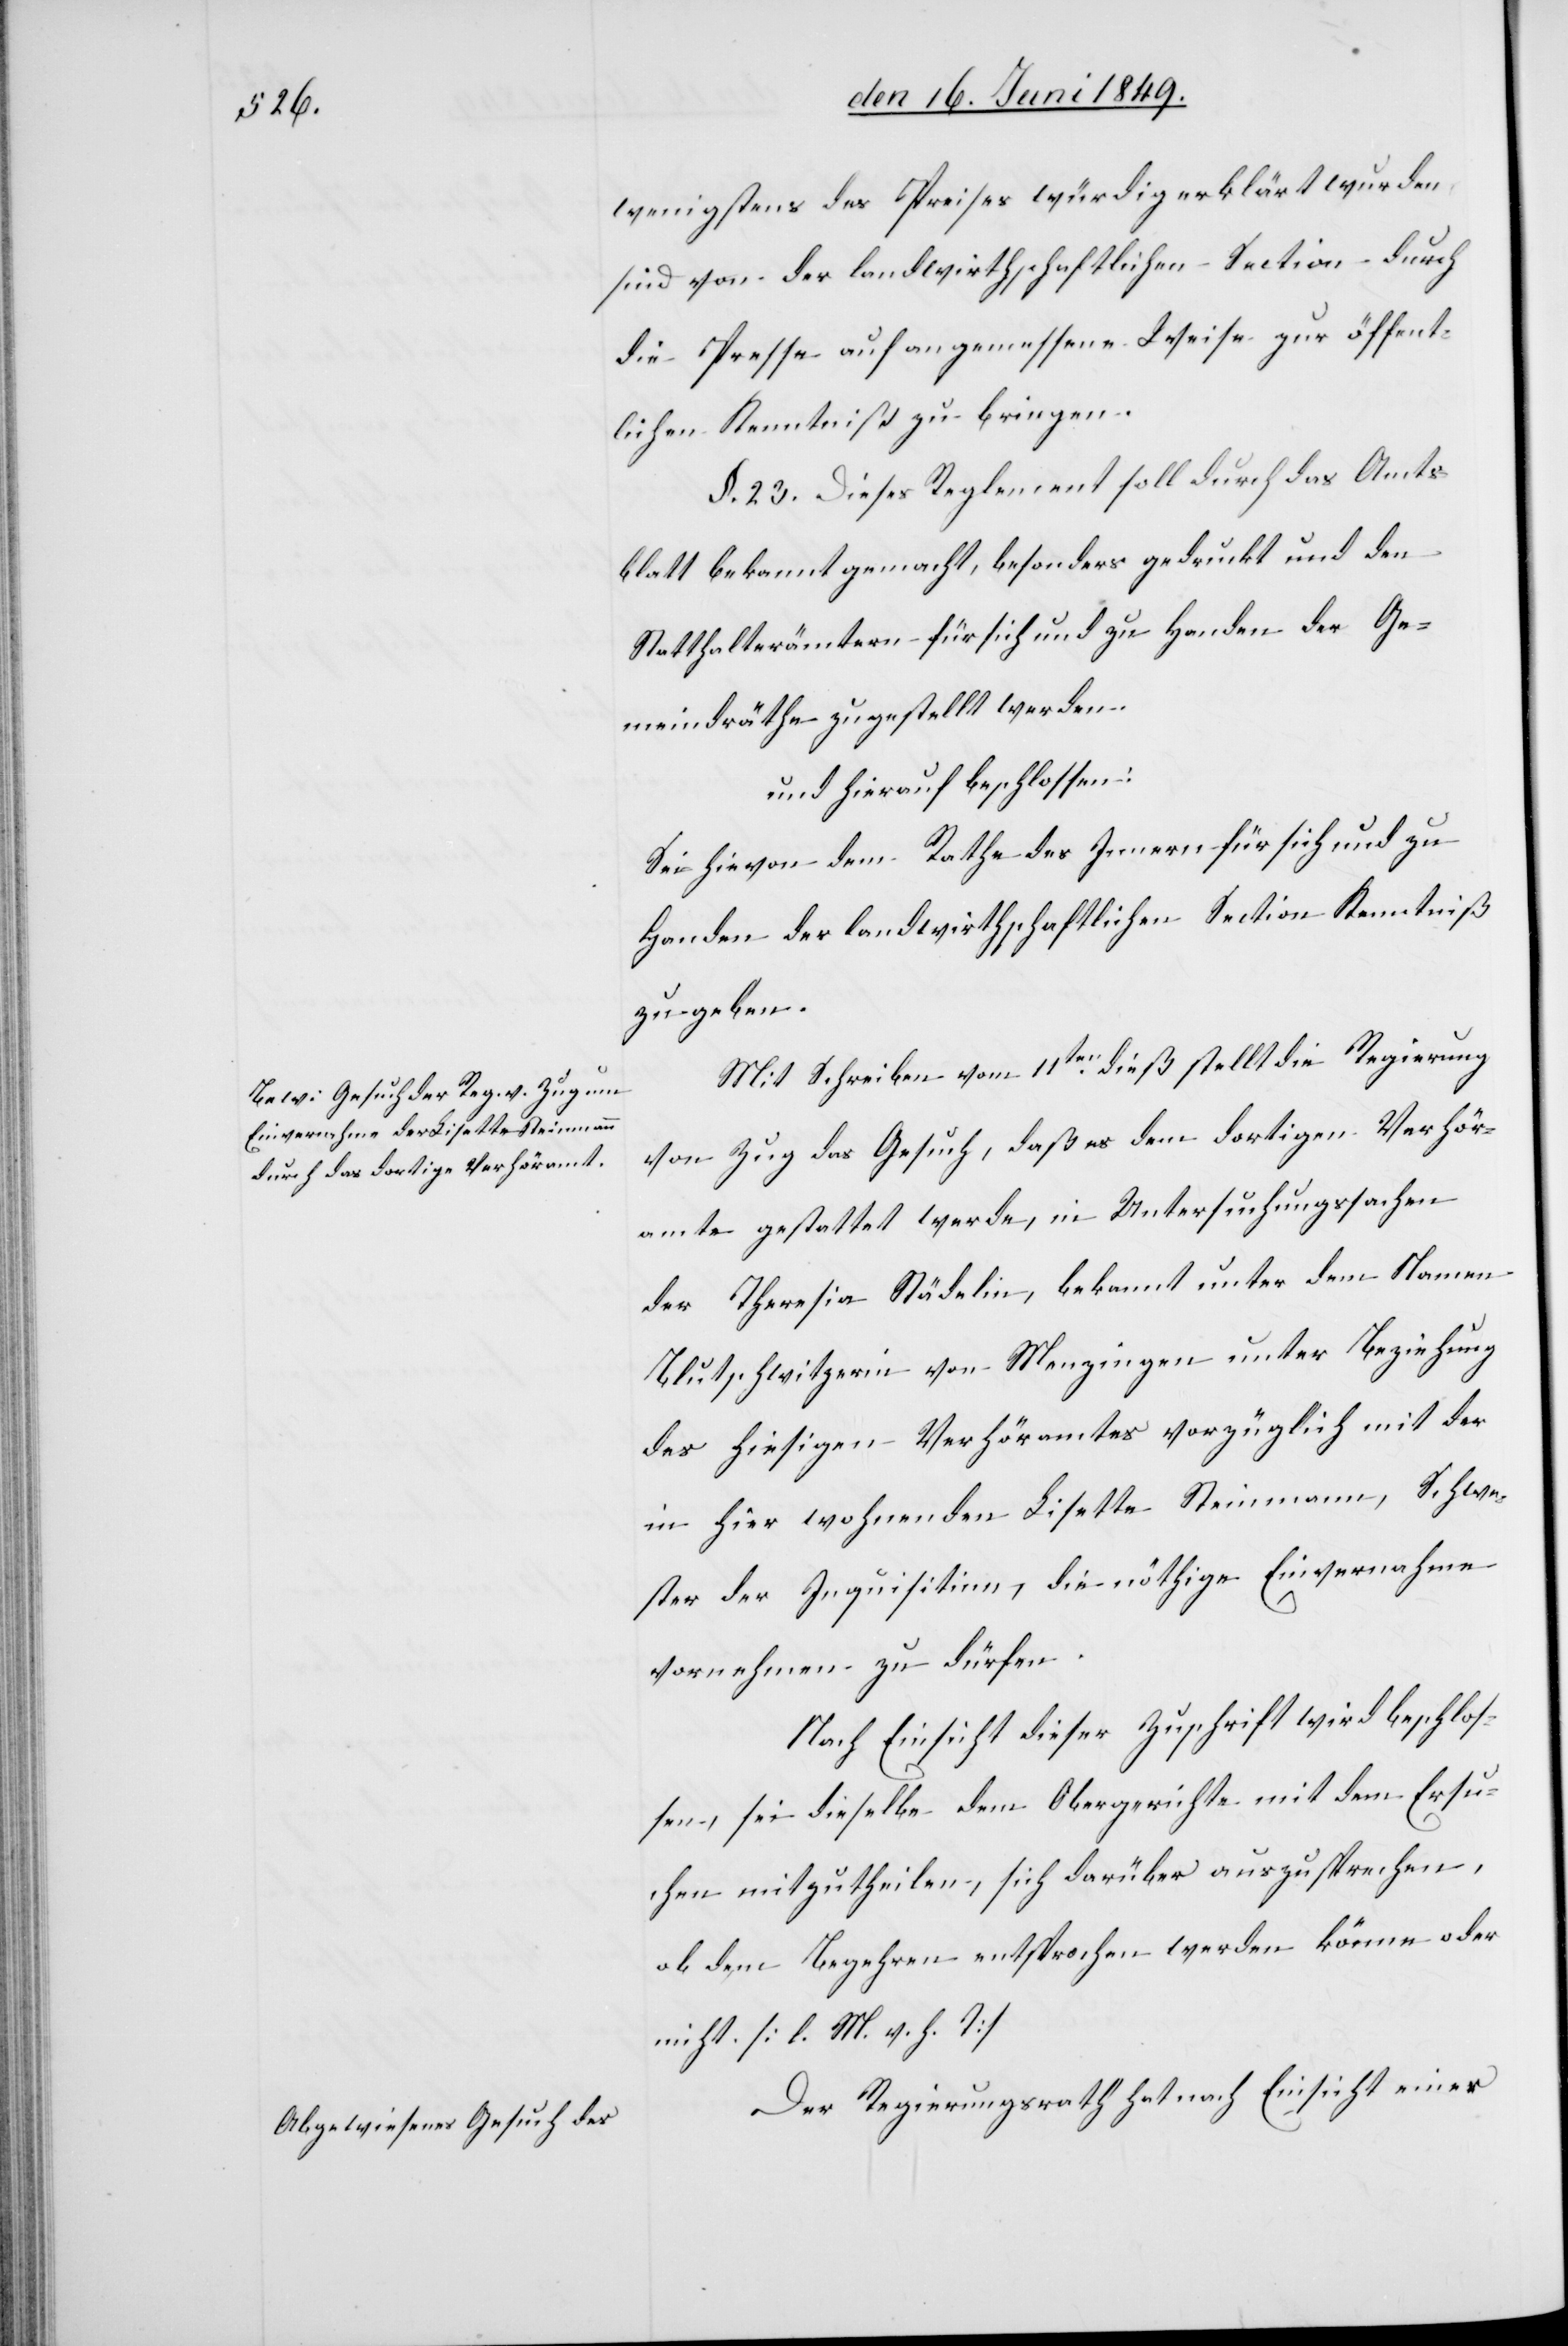
wenigstens des Preises würdig erklärt wurden
sind von der landwirthschaftlichen Section durch
die Presse auf angemessene Weise zur öffent¬
lichen Kenntniß zu bringen.
§. 23. Dieses Reglement soll durch das Amts¬
blatt bekannt gemacht, besonders gedruckt und den
Statthalterämtern für sich und zu Handen der Ge¬
meindräthe zugestellt werden.
und hierauf beschlossen:
Sei hievon dem Rathe des Innern für sich und zu
Handen der landwirthschaftlichen Section Kenntniß
zu geben.
Mit Schreiben vom 11ten dieß stellt die Regierung
von Zug das Gesuch, daß es dem dortigen Verhör¬
amte gestattet werde, in Untersuchungssachen
der Theresia Städelin, bekannt unter dem Namen
Blutschwitzerin von Menzingen unter Beziehung
des hiesigen Verhöramtes vorzüglich mit der
in hier wohnenden Lisette Steinmann, Schwe¬
ster der Inquisitien, die nöthige Einvernahme
vornehmen zu dürfen.
Nach Einsicht dieser Zuschrift wird beschlos¬
sen, sei dieselbe dem Obergerichte mit dem Ersu¬
chen mitzutheilen, sich darüber auszusprechen,
ob dem Begehren entsprochen werden könne oder
nicht. [l. M. h. T]
Der Regierungsrath hat nach Einsicht einer